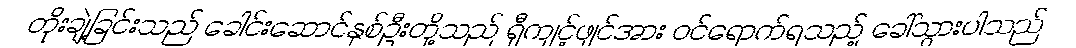
တိုးချဲ့ခြင်းသည် ခေါင်းဆောင်နှစ်ဦးတို့သည် ရှီကျင့်ဖျင်အား ဝင်ရောက်ရသည့် ခေါ်သွားပါသည်